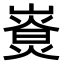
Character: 𤎚